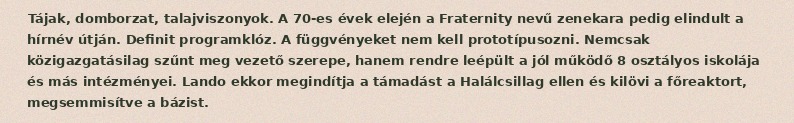
Tájak, domborzat, talajviszonyok. A 70-es évek elején a Fraternity nevű zenekara pedig elindult a hírnév útján. Definit programklóz. A függvényeket nem kell prototípusozni. Nemcsak közigazgatásilag szűnt meg vezető szerepe, hanem rendre leépült a jól működő 8 osztályos iskolája és más intézményei. Lando ekkor megindítja a támadást a Halálcsillag ellen és kilövi a főreaktort, megsemmisítve a bázist.